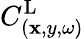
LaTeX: C_{(\mathbf{x},y,\omega)}^{\textrm{{L}}}